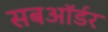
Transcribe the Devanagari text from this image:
सबऑर्डर